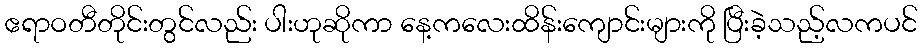
ဧရာဝတီတိုင်းတွင်လည်း ပါးဟုဆိုကာ နေ့ကလေးထိန်းကျောင်းများကို ပြီးခဲ့သည့်လကပင်